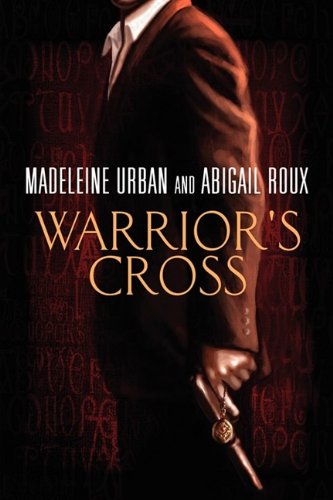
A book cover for Warrior's Cross; Madeleine Urban; Romance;